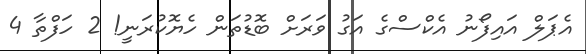
އެޕަލް އައިފޯނު އެކްސްގެ އަގު ވަރަށް ބޮޑުތަން ހެޔޮކުރަނީ! 2 ހަފްތާ 4